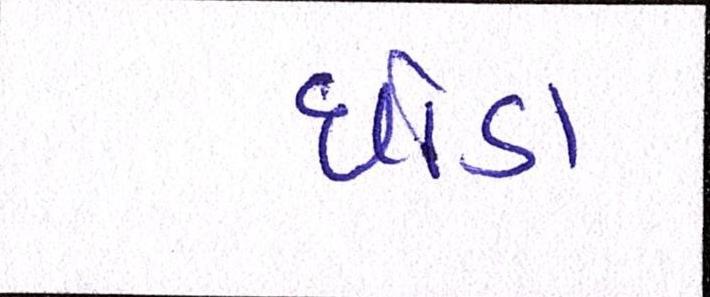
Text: ઘોડા